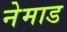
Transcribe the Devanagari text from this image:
नेमाड